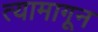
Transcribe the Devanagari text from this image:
त्यामागून